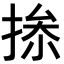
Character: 𢮥